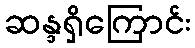
ဆန္ဒရှိကြောင်း